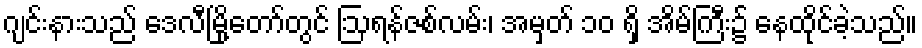
ဂျင်းနားသည် ဒေလီမြို့တော်တွင် ဩရန်ဇစ်လမ်း၊ အမှတ် ၁၀ ရှိ အိမ်ကြီး၌ နေထိုင်ခဲ့သည်။